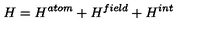
H = H ^ { a t o m } + H ^ { f i e l d } + H ^ { i n t }